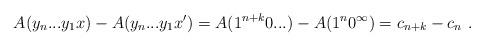
LaTeX: \begin{align*}A(y_n...y_1x) - A(y_n...y_1x') = A(1^{n+k}0...) - A(1^n0^\infty) = c_{n+k} - c_n \ . \end{align*}